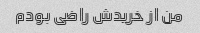
من از خریدش راضی بودم